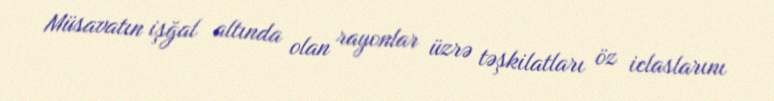
Müsavatın işğal altında olan rayonlar üzrə təşkilatları öz iclaslarını